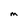
Character: M